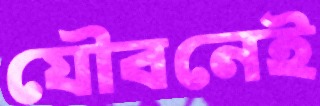
যৌবনেই